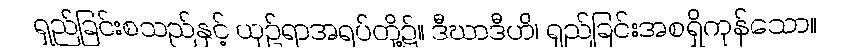
ရှည်ခြင်းစသည်နှင့် ယှဉ်ရာအရပ်တို့၌။ ဒီဃာဒီဟိ၊ ရှည်ခြင်းအစရှိကုန်သော။